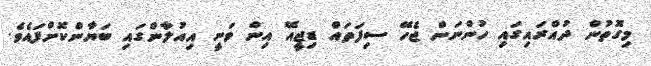
މިގޮތުން ދުއްރައިގައި ހުންނަން ޖެހޭ ސިފަތައް ޑިޖީއޭ އިން ވަނީ އިއުލާންގައި ބަޔާންކޮށްފައެވެ.